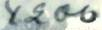
4200